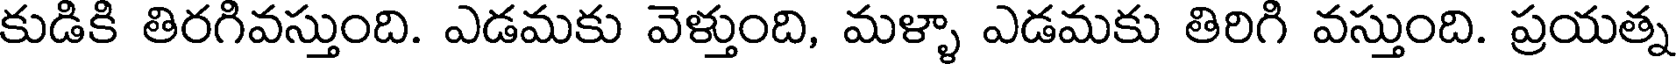
కుడికి తిరగివస్తుంది. ఎడమకు వెళ్తుంది, మళ్ళా ఎడమకు తిరిగి వస్తుంది. ప్రయత్న